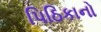
પિઠિકાનો